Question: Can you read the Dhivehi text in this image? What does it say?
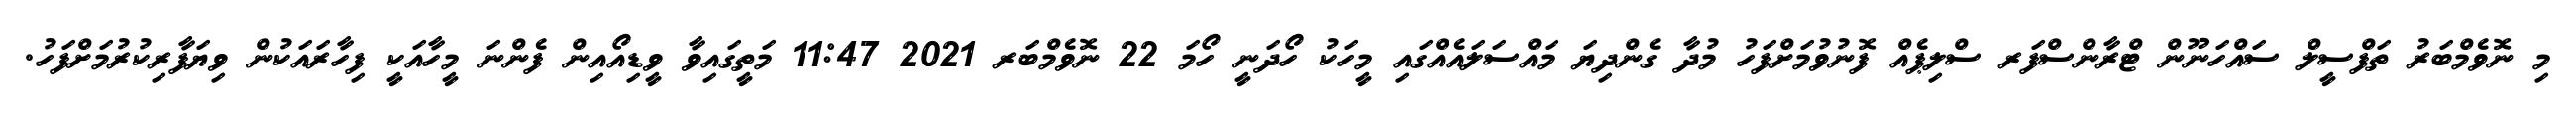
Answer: މި ނޮވެމްބަރު ތަފްސީލް ސައްހަނޫން ޓްރާންސްފަރ ސްލިޕެއް ފޮނުވުމަށްފަހު މުދާ ގެންދިޔަ މައްސަލައެއްގައި މީހަކު ހޯދަނީ ހޯމަ 22 ނޮވެމްބަރ 2021 11:47 މަތީގައިވާ ވީޑިއޯއިން ފެންނަ މީހާއަކީ ފިހާރައަކުން ވިޔަފާރިކުރުމަށްފަހު.